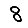
Digit: 8